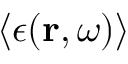
\left\langle \epsilon ( \boldsymbol { \mathbf { r } } , \omega ) \right\rangle